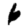
Digit: 6